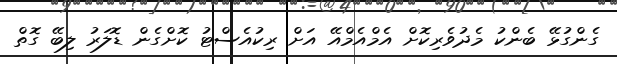
ގެންގުޅޭ ބެންކު މެދުވެރިކޮށް އެމްއެމްއޭ އަށް ރިކުއެސްޓު ކޮށްގެން ޑޮލަރު ލިބޭ ގޮތް